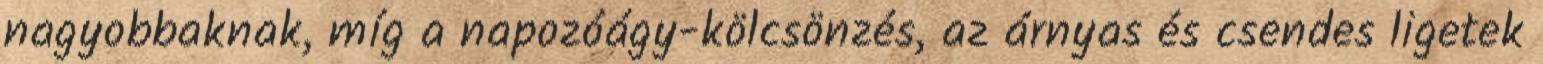
nagyobbaknak, míg a napozóágy-kölcsönzés, az árnyas és csendes ligetek